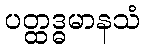
ပတ္ထဒ္ဓမာနသံ